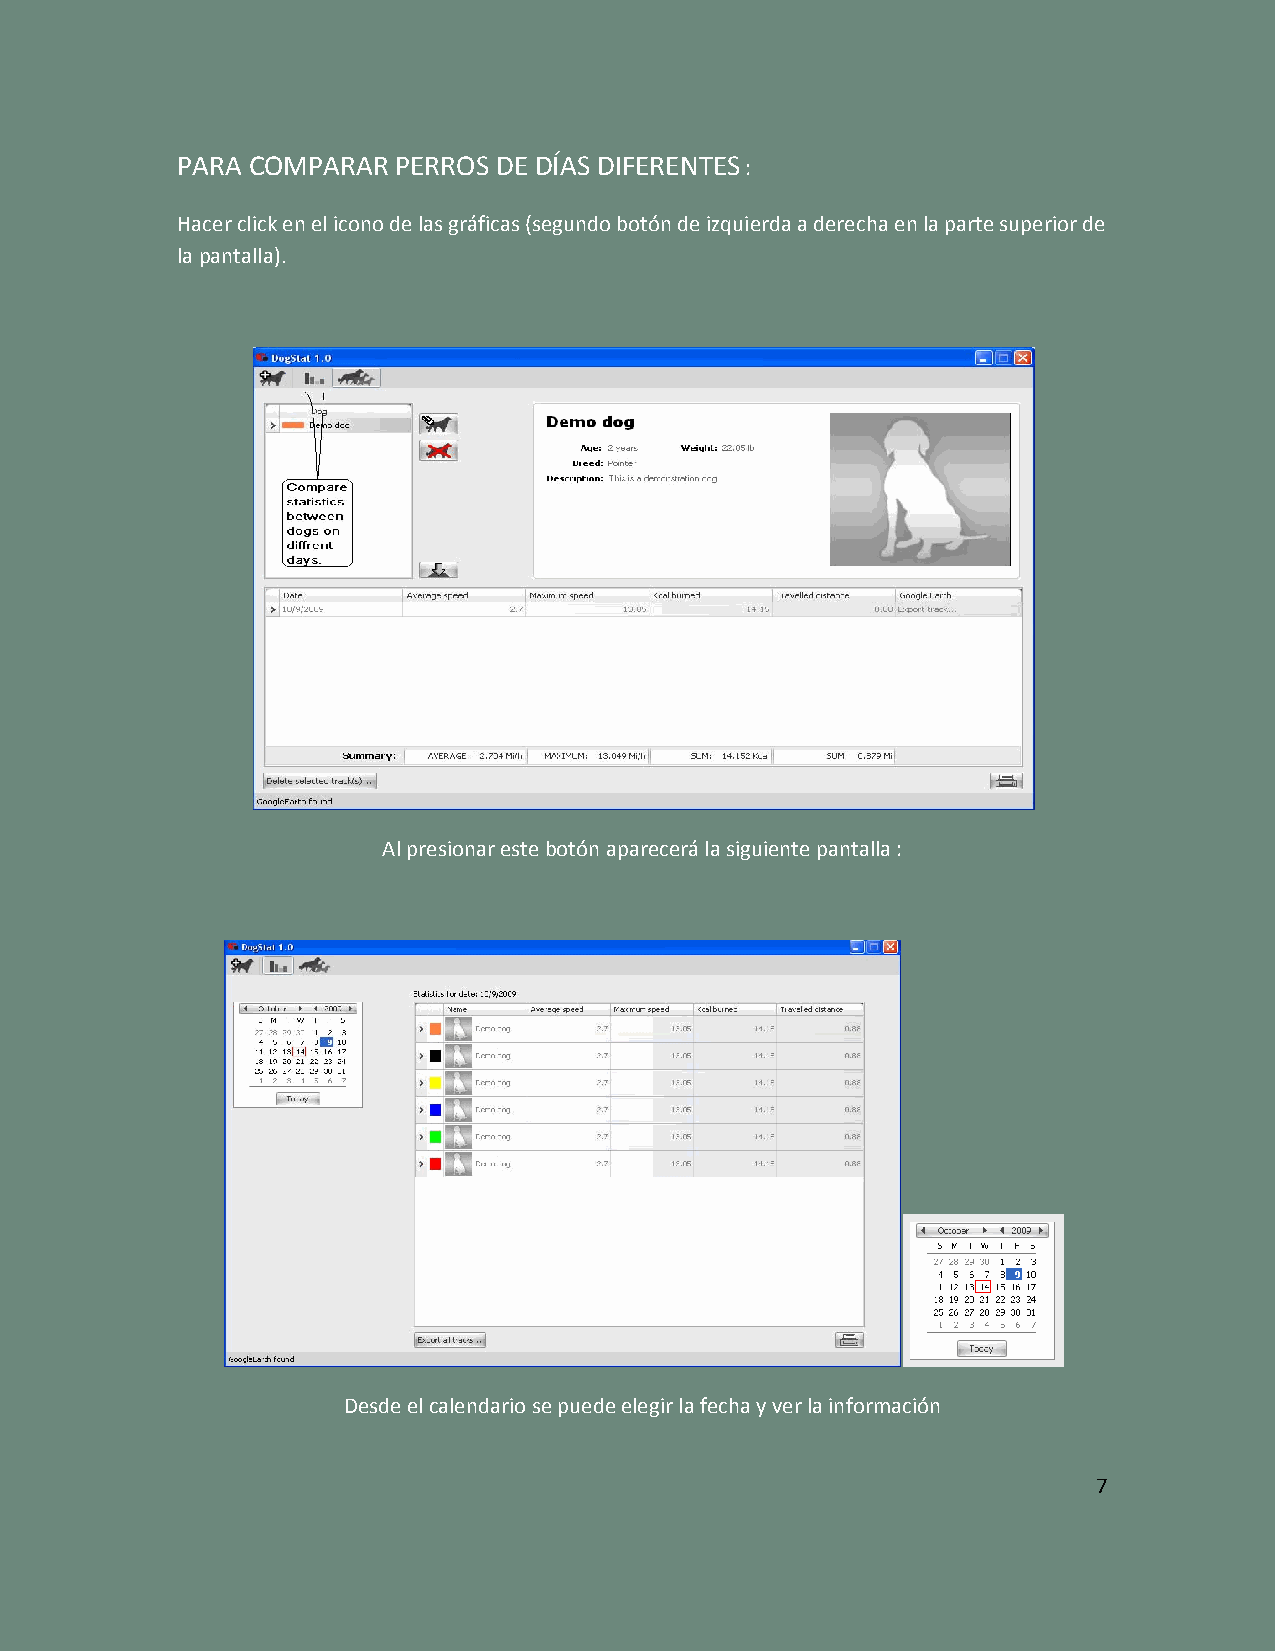
PARA COMPARAR PERROS DE DÍAS DIFERENTES :
 Hacer click en el icono de las gráficas (segundo botón de izquierda a derecha en la parte superior de
 la pantalla).
 Al presionar este botón aparecerá la siguiente pantalla :
 Desde el calendario se puede elegir la fecha y ver la información
 7